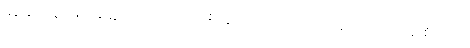
မရှိခြင်းဟူသော နတ္ထိဘောပညတ်၌။ စိတ္တံ၊ တတိယာရုပ္ပကိုရခြင်းငှာ ဘာဝနာစိတ်ကို။